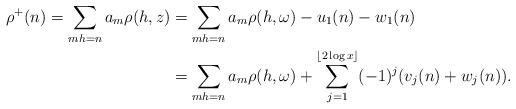
LaTeX: \begin{align*}\rho^+(n)=\sum_{m h=n}a_m\rho(h,z)&=\sum_{m h=n}a_m\rho(h,\omega)-u_1(n)-w_1(n)\\&=\sum_{m h=n}a_m\rho(h,\omega)+\sum_{j=1}^{\lfloor 2\log{x}\rfloor}(-1)^j(v_j(n)+w_j(n)).\end{align*}